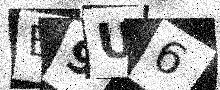
Text: B9U6